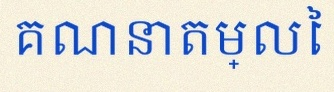
គណនាតម្លៃ